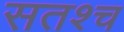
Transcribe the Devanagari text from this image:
सतश्च